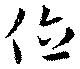
位